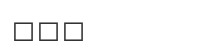
١٢٢